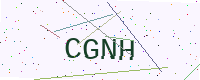
Text: CGNH